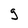
Character: g